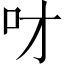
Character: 𠮹